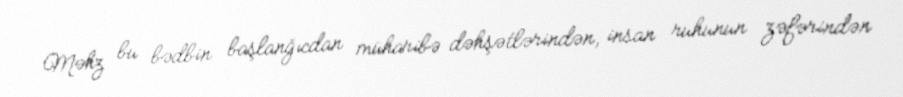
Məhz bu bədbin başlanğıcdan müharibə dəhşətlərindən, insan ruhunun zəfərindən